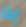
إذا